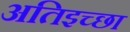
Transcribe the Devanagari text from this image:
अतिइच्छा